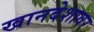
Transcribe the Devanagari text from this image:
खानदेशावर